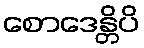
စောဒေန္တိပိ